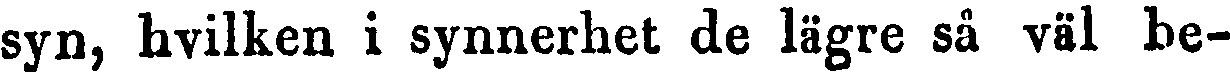
syn, hvilken i synnerhet de lägre så väl be-